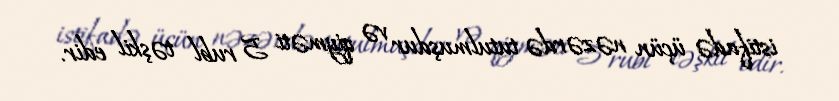
istifadə üçün nəzərdə tutulmuşdur və qiyməti 5 rubl təşkil edir.